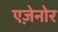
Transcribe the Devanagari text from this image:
एज़ेनोर